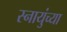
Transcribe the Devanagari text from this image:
स्नायुंच्या